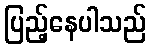
ပြည့်နေပါသည်